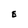
Character: E